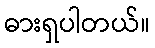
ဓားရှပါတယ်။